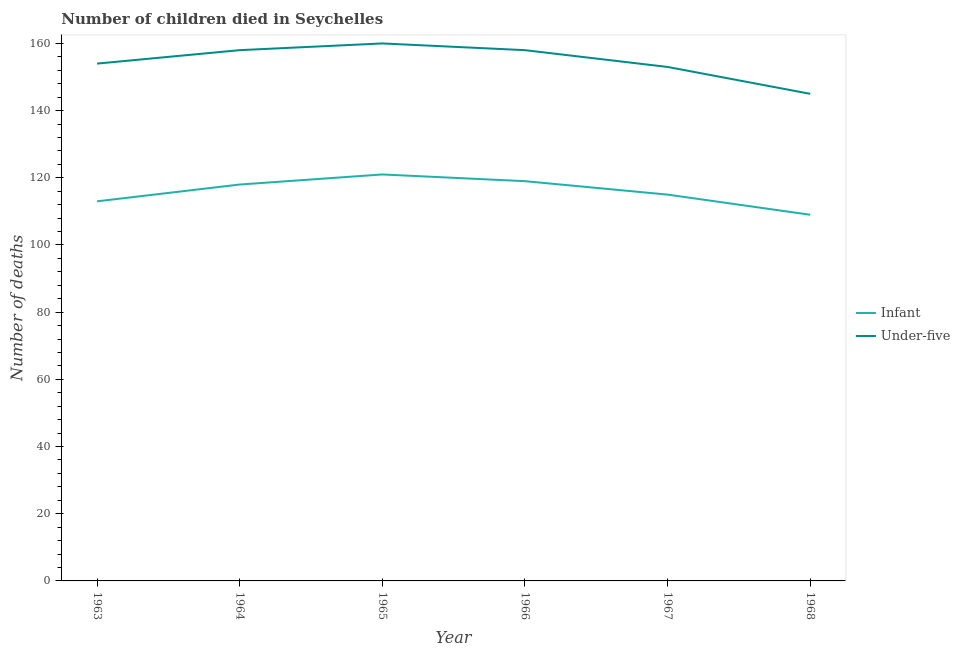
| Year | Infant | Under-five |
 | --- | --- | --- |
 | 1963 | 113 | 154 |
 | 1964 | 118 | 158 |
 | 1965 | 121 | 160 |
 | 1966 | 119 | 158 |
 | 1967 | 115 | 153 |
 | 1968 | 109 | 145 |